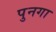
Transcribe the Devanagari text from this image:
पुनगा